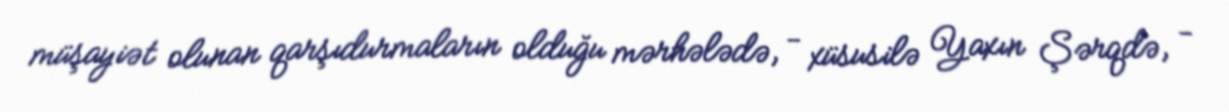
müşayiət olunan qarşıdurmaların olduğu mərhələdə, - xüsusilə Yaxın Şərqdə, -